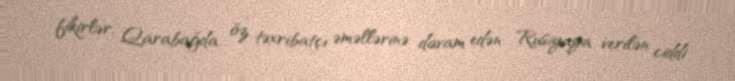
fikirlər, Qarabağda öz təxribatçı əməllərinə davam edən Rusiyaya verilən ciddi